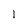
Character: l